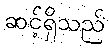
ဆင့်ရှိသည်